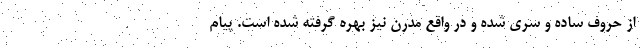
از حروف ساده و سری شده و در واقع مدرن نیز بهره گرفته شده است. پیام